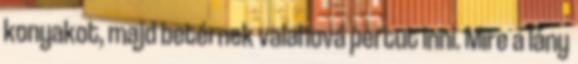
konyakot, majd betérnek valahová pertut inni. Mire a lány